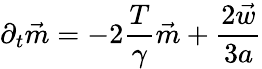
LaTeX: \partial_{t}\vec{m}=-2\frac{T}{\gamma}\vec{m}+\frac{2\vec{w}}{3a}